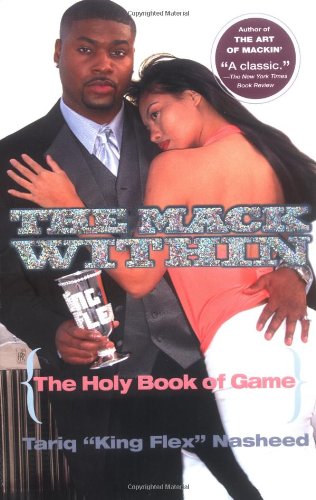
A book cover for The Mack Within; Tariq Nasheed; Self-Help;